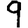
Digit: 9